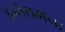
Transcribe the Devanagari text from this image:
इन्तेरामना